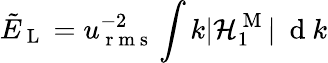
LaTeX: \tilde{E}_{\mathrm{~L~}}=u_{\mathrm{~r~m~s~}}^{-2}\int k|\mathcal{H}_{1}^{\mathrm{~M~}}|\ \mathrm{~d~}k